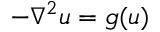
- \nabla ^ { 2 } u = g ( u )